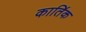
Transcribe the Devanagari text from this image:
काति॔क